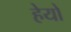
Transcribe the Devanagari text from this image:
हेयो